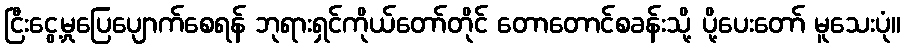
ငြီးငွေ့မှုပြေပျောက်စေရန် ဘုရားရှင်ကိုယ်တော်တိုင် တောတောင်စခန်းသို့ ပို့ပေးတော် မူသေးပုံ။